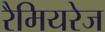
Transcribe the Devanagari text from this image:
रैमियरेज